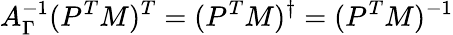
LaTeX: A_{\Gamma}^{-1}(P^{T}M)^{T}=(P^{T}M)^{\dagger}=(P^{T}M)^{-1}